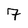
Character: 7